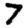
Digit: 7